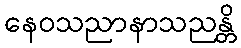
နေဝသညာနာသညန္တိ